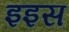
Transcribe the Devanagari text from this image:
इइस